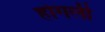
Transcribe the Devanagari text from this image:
होगली